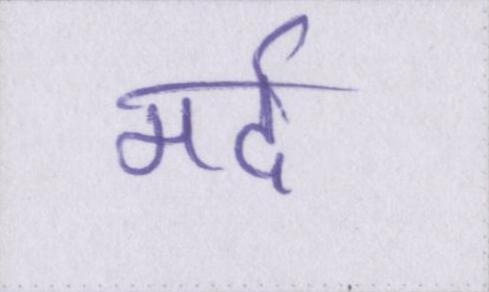
मर्द